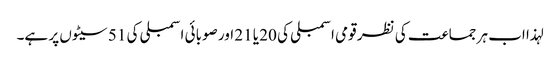
لہذا اب ہر جماعت کی نظر قومی اسمبلی کی 20 یا 21 اور صوبائی اسمبلی کی 51 سیٹوں پر ہے۔